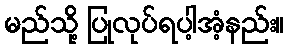
မည်သို့ ပြုလုပ်ရပါ့အံ့နည်း။